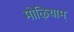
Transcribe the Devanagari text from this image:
मोऴियाम्